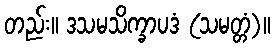
တည်း။ ဒသမသိက္ခာပဒံ (သမတ္တံ)။